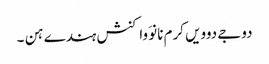
دوجے دوویں کرم نانوَ واکنش ہندے ہن ۔